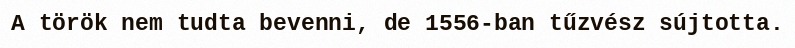
A török nem tudta bevenni, de 1556-ban tűzvész sújtotta.